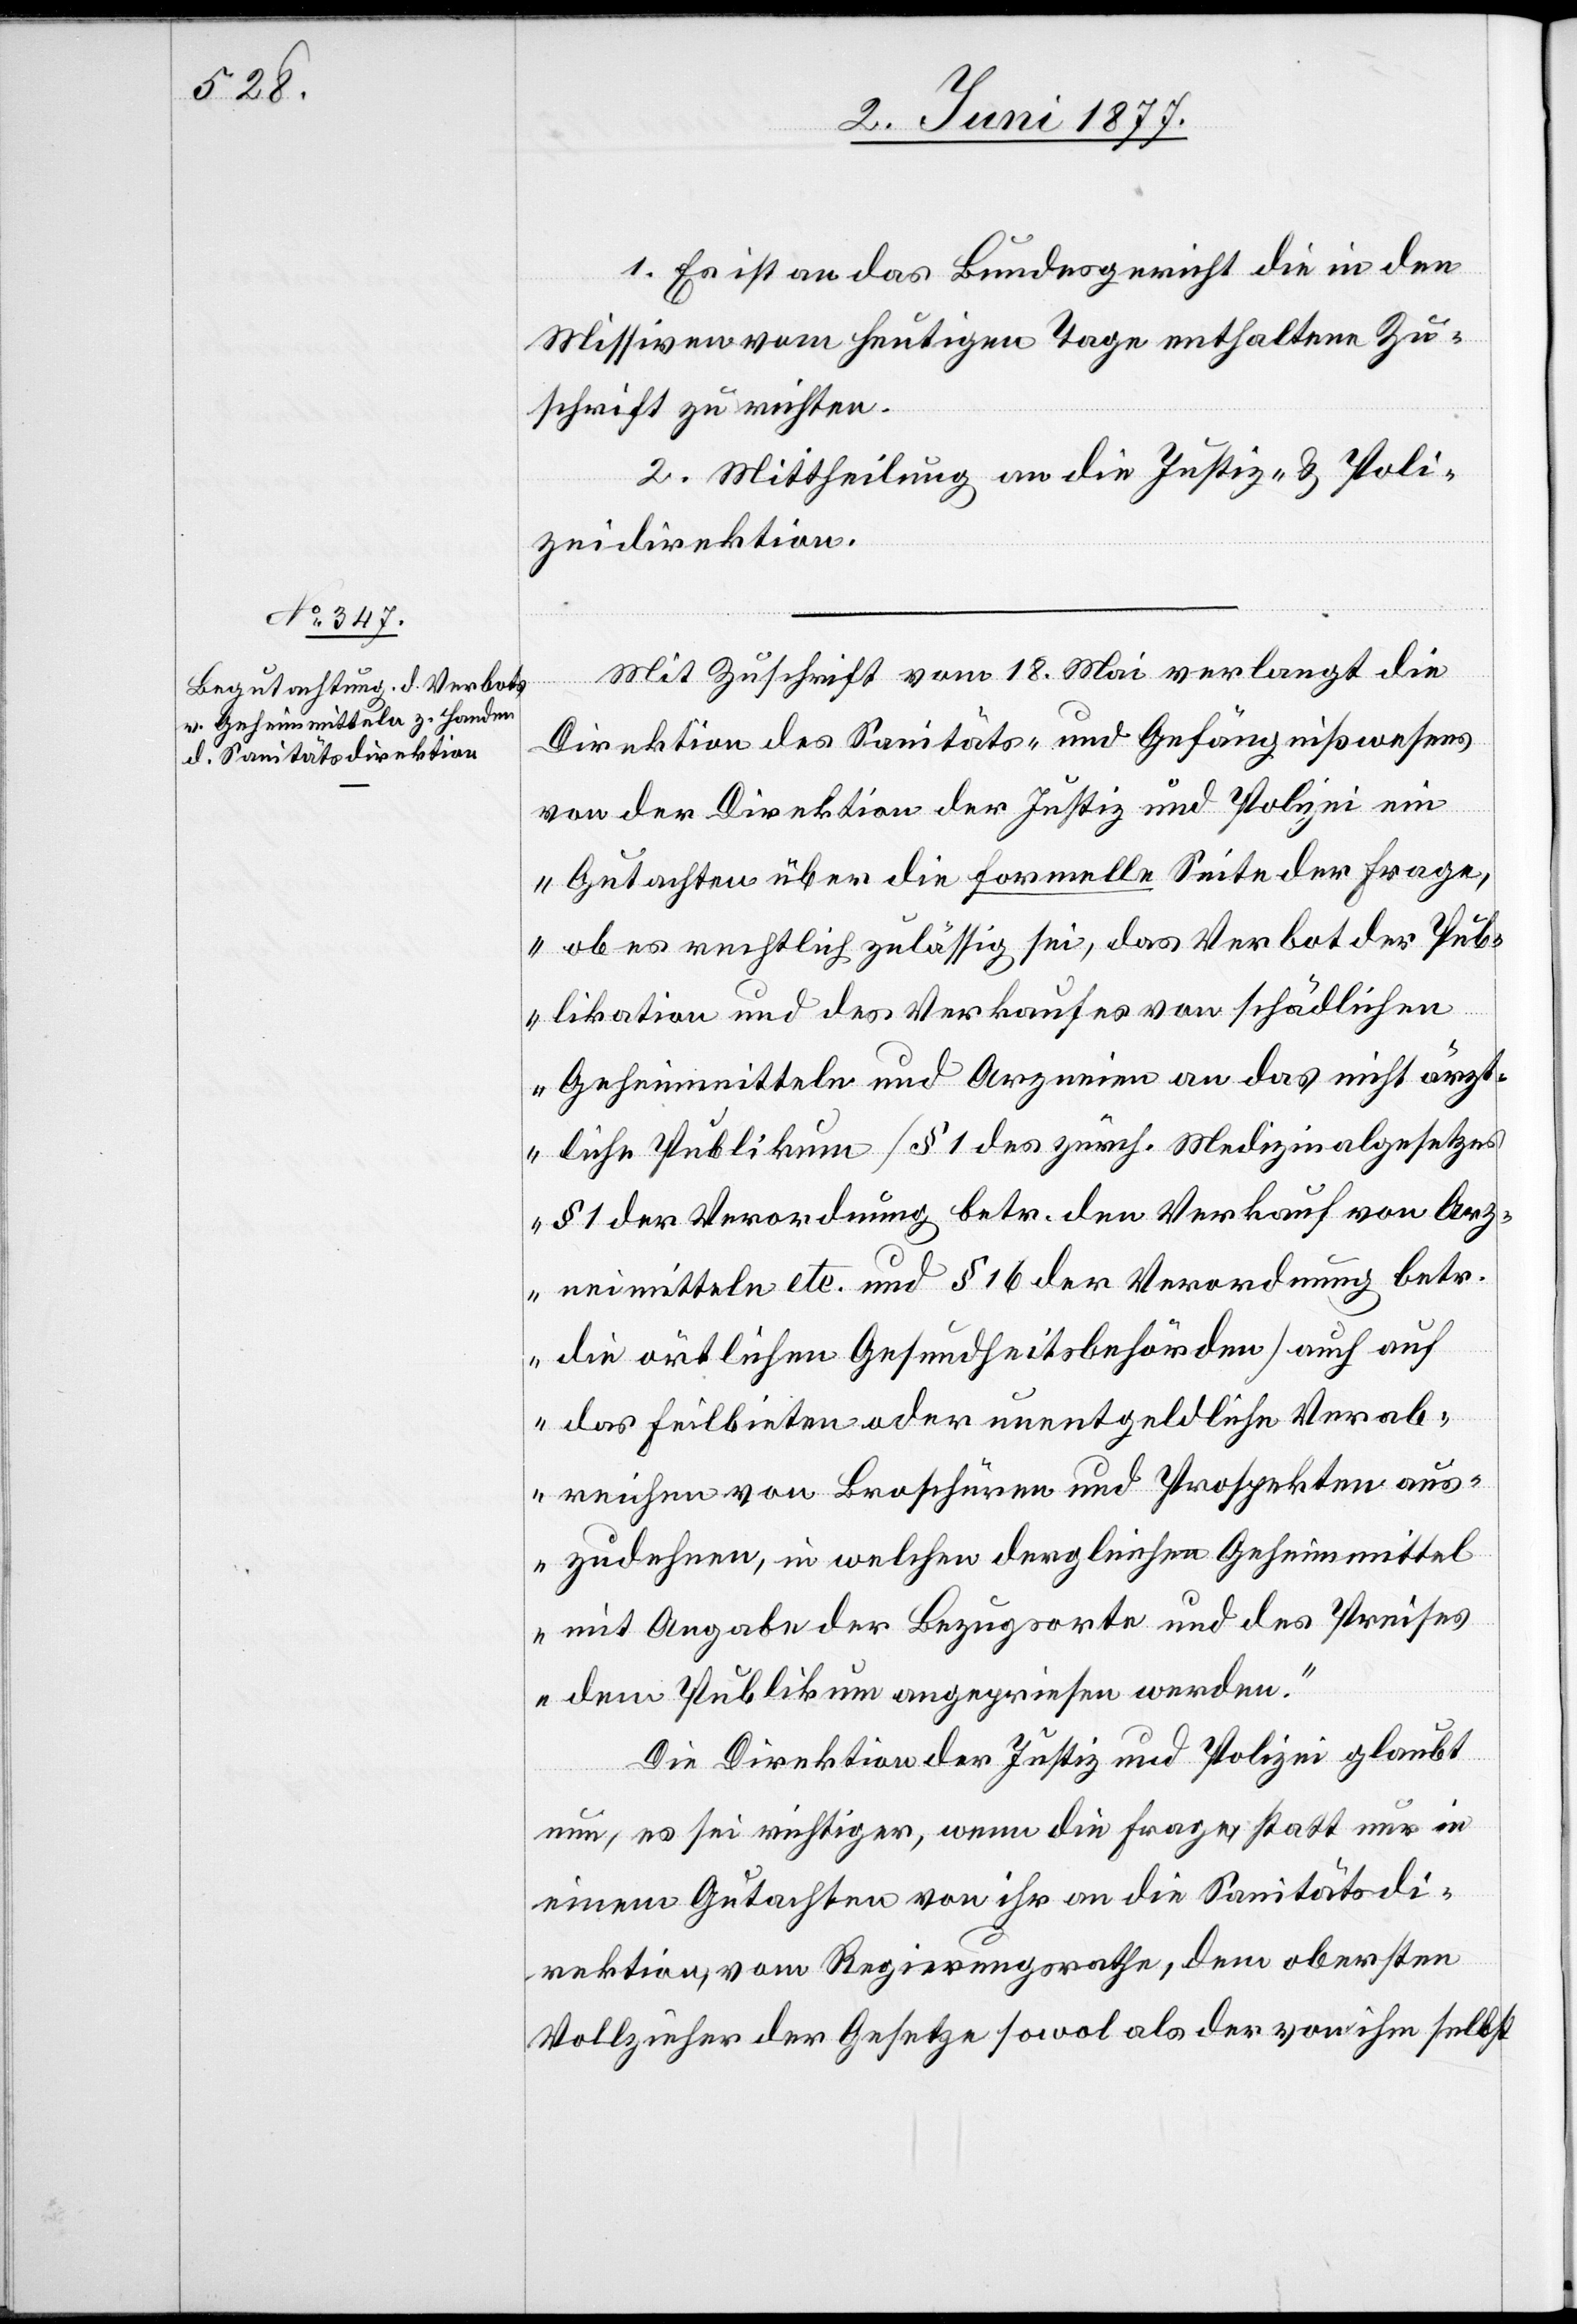
1. Es ist an das Bundesgericht die in den
Missiven vom heutigen Tage enthaltene Zu¬
schrift zu richten.
2. Mittheilung an die Justiz- & Poli¬
zeidirektion.
Mit Zuschrift vom 18. Mai verlangt die
Direktion des Sanitäts- und Gefängnißwesens
von der Direktion der Justiz und Polizei ein
„Gutachten über die formelle Seite der Frage,
ob es rechtlich zulässig sei, das Verbot der Pub¬
likation und des Verkaufes von schädlichen
Geheimmitteln und Arzneien an das nicht ärzt¬
liche Publikum [§ 1 des zürch. Medizinalgesetzes,
§ 2 der Verordnung betr. den Verkauf von Arz¬
neimitteln etc. und § 16 der Verordnung betr.
die örtlichen Gesundheitsbehörden] auch auf
das Feilbieten oder unentgeldliche Verab¬
reichen von Broschüren und Prospekten aus¬
zudehnen, in welchen dergleichen Geheimmittel
mit Angabe der Bezugsorte und des Preises
dem Publikum angepriesen werden.“
Die Direktion der Justiz und Polizei glaubt
nun, es sei richtiger, wenn die Frage, statt nur in
einem Gutachten von ihr an die Sanitätsdi¬
rektion, vom Regierungsrathe, dem obersten
Vollzieher der Gesetze sowol als der von ihm selbst